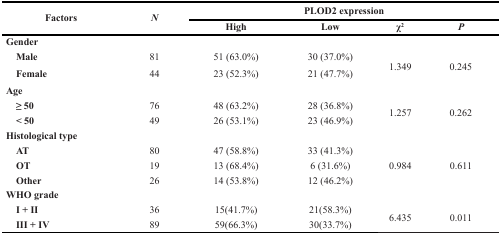
<table><thead><tr><td rowspan="2"><b>Factors</b></td><td rowspan="2"><b><i>N</i></b></td><td colspan="4"><b>PLOD2 expression</b></td></tr><tr><td><b>High</b></td><td><b>Low</b></td><td><b>χ<sup>2</sup></b></td><td><b><i>P</i></b></td></tr></thead><tbody><tr><td><b>Gender</b></td><td></td><td></td><td></td><td></td><td></td></tr><tr><td> <b>Male</b></td><td>81</td><td>51 (63.0%)</td><td>30 (37.0%)</td><td rowspan="2">1.349</td><td rowspan="2">0.245</td></tr><tr><td> <b>Female</b></td><td>44</td><td>23 (52.3%)</td><td>21 (47.7%)</td></tr><tr><td><b>Age</b></td><td></td><td></td><td></td><td></td><td></td></tr><tr><td> <b>≥ 50</b></td><td>76</td><td>48 (63.2%)</td><td>28 (36.8%)</td><td rowspan="2">1.257</td><td rowspan="2">0.262</td></tr><tr><td> <b>&lt; 50</b></td><td>49</td><td>26 (53.1%)</td><td>23 (46.9%)</td></tr><tr><td><b>Histological type</b></td><td></td><td></td><td></td><td></td><td></td></tr><tr><td> <b>AT</b></td><td>80</td><td>47 (58.8%)</td><td>33 (41.3%)</td><td rowspan="3">0.984</td><td rowspan="3">0.611</td></tr><tr><td> <b>OT</b></td><td>19</td><td>13 (68.4%)</td><td>6 (31.6%)</td></tr><tr><td> <b>Other</b></td><td>26</td><td>14 (53.8%)</td><td>12 (46.2%)</td></tr><tr><td><b>WHO grade</b></td><td></td><td></td><td></td><td></td><td></td></tr><tr><td> <b>I + II</b></td><td>36</td><td>15(41.7%)</td><td>21(58.3%)</td><td rowspan="2">6.435</td><td rowspan="2">0.011</td></tr><tr><td> <b>III + IV</b></td><td>89</td><td>59(66.3%)</td><td>30(33.7%)</td></tr></tbody></table>